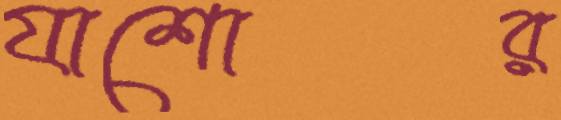
যাশোর